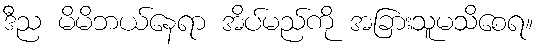
ဒီည မိမိဘယ်နေရာ အိပ်မည်ကို အခြားသူမသိစေရ။